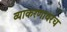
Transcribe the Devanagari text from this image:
व्याकरणावरच